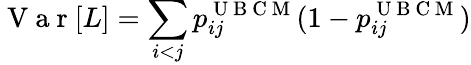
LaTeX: \mathrm{~V~a~r~}[L]=\sum_{i<j}p_{ij}^{\mathrm{~U~B~C~M~}}(1-p_{ij}^{\mathrm{~U~B~C~M~}})